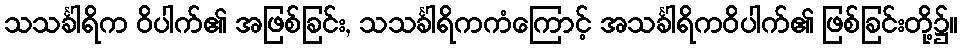
သသင်္ခါရိက ဝိပါက်၏ အဖြစ်ခြင်း, သသင်္ခါရိကကံကြောင့် အသင်္ခါရိကဝိပါက်၏ ဖြစ်ခြင်းတို့၌။